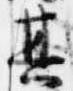
其